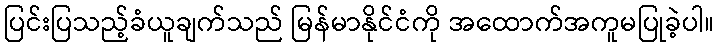
ပြင်းပြသည့်ခံယူချက်သည် မြန်မာနိုင်ငံကို အထောက်အကူမပြုခဲ့ပါ။